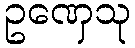
ဥဏှေသု